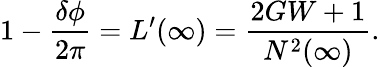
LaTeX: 1-\frac{\delta\phi}{2\pi}=L^{\prime}(\infty)=\frac{2GW+1}{N^{2}(\infty)}.